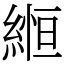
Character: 縆